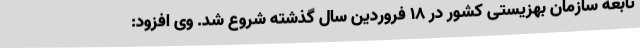
تابعه سازمان بهزیستی کشور در ۱۸ فروردین سال گذشته شروع شد. وی افزود: